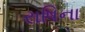
રાષિના